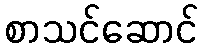
စာသင်ဆောင်